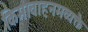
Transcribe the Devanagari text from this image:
किमावाहनमव्यक्तै